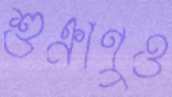
শুক্রাণুও